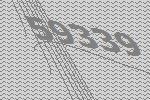
59339